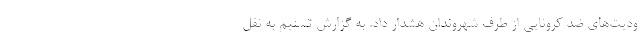
ودیت‌های ضد کرونایی از طرف شهروندان هشدار داد. به گزارش تسنیم به نقل